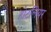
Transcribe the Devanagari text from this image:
होटलियर